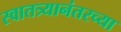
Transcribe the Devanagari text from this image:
स्वातत्र्यानंतरच्या